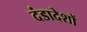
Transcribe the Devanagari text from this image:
दंडादेशों